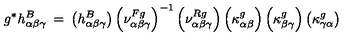
g ^ { * } h _ { \alpha \beta \gamma } ^ { B } \: = \: \left( h _ { \alpha \beta \gamma } ^ { B } \right) \left( \nu _ { \alpha \beta \gamma } ^ { F g } \right) ^ { - 1 } \left( \nu _ { \alpha \beta \gamma } ^ { R g } \right) \left( \kappa _ { \alpha \beta } ^ { g } \right) \left( \kappa _ { \beta \gamma } ^ { g } \right) \left( \kappa _ { \gamma \alpha } ^ { g } \right)